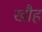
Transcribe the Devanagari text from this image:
खौह